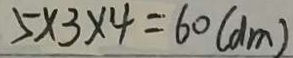
5 \times 3 \times 4 = 6 0 ( d m )